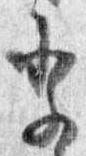
祭